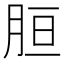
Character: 𦚸